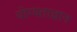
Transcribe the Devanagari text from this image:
योग्यताज्ञान